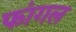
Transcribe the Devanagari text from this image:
फांगल